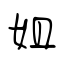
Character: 姐